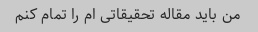
من باید مقاله تحقیقاتی ام را تمام کنم